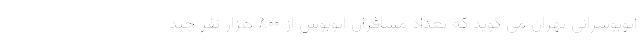
اتوبوسرانی تهران می گوید که تعداد مسافران اتوبوس از ۸۰۰ هزار نفر چند